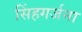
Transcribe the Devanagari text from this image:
सिंहगर्जना